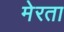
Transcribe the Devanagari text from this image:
मेरता